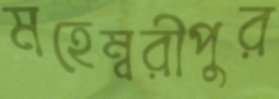
মহেম্বরীপুর